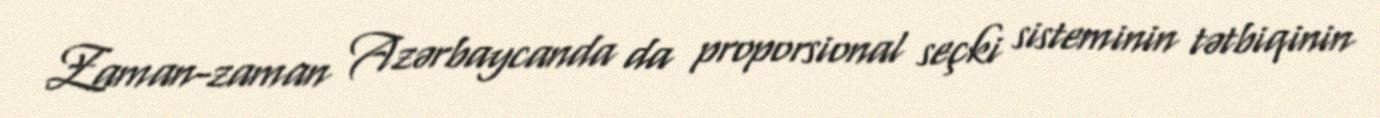
Zaman-zaman Azərbaycanda da proporsional seçki sisteminin tətbiqinin